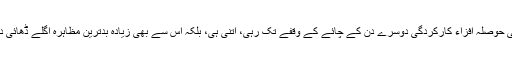
پاکستان کی جتنی حوصلہ افزاء کارکردگی دوسرے دن کے چائے کے وقفے تک رہی، اتنی ہی، بلکہ اس سے بھی زیادہ بدترین مظاہرہ اگلے ڈھائی دنوں میں کیا گیا۔